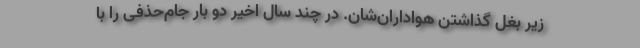
زیر بغل گذاشتن هواداران‌شان. در چند سال اخیر دو بار جام‌حذفی را با